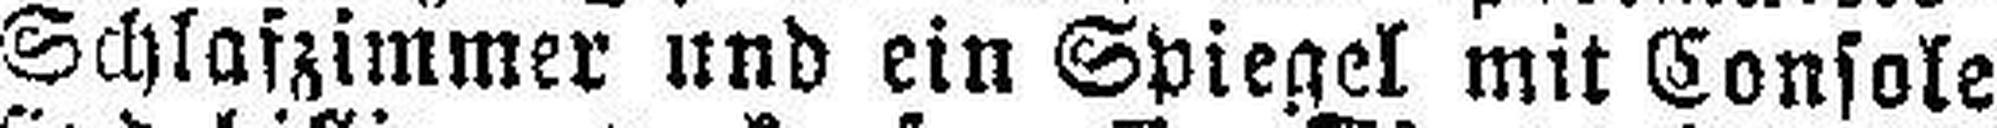
Schlafzimmer und ein Spiegel mit Console